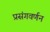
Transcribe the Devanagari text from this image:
प्रसंगवर्णन